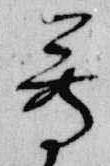
尊